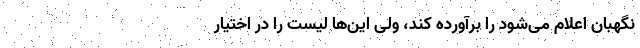
نگهبان اعلام می‌شود را برآورده کند، ولی این‌ها لیست را در اختیار